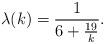
LaTeX: \begin{align*} \lambda(k) = \frac{1}{6 + \frac{19}{k}}. \end{align*}